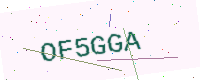
Text: OF5GGA